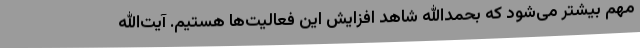
مهم بیشتر می‌شود که بحمدالله شاهد افزایش این فعالیت‌ها هستیم. آیت‌الله